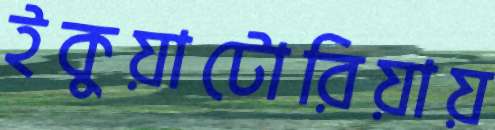
ইকুয়াটোরিয়ায়